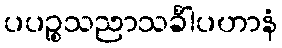
ပပဉ္စသညာသင်္ခါပဟာနံ